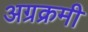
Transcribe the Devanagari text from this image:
अग्रक्रमी